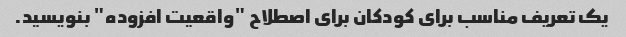
یک تعریف مناسب برای کودکان برای اصطلاح "واقعیت افزوده" بنویسید.